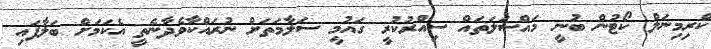
ކްރިމިނަލް ކޯޓުން ބުނީ މައްސަލަތައް ސިއްރުކުރީ ގައުމީ ސަލާމަތަށް ނުރައްކާވެދާނެތީ އެކަމަށް ބަލާފައި